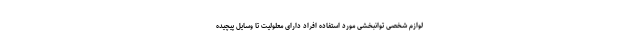
لوازم شخصی توانبخشی مورد استفاده افراد دارای معلولیت تا وسایل پیچیده